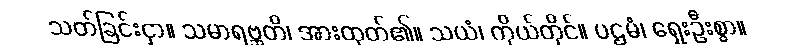
သတ်ခြင်းငှာ။ သမာရဗ္ဘတိ၊ အားထုတ်၏။ သယံ၊ ကိုယ်တိုင်။ ပဌမံ၊ ရှေးဦးစွာ။